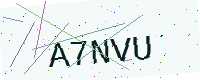
Text: A7NVU